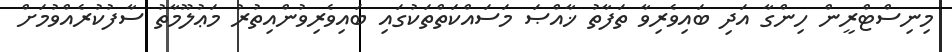
މިނިސްޓްރީން ހިންގާ އަދި ބައިވެރިވާ ތަފާތު ޚާއްޞަ މަސައްކަތްތަކުގައި ބައިވެރިވުންއިތުރު މަޢުލޫމާތު ސާފުކުރެއްވުމަށް